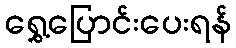
ရွှေ့ပြောင်းပေးရန်